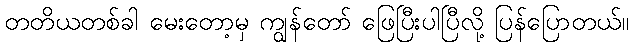
တတိယတစ်ခါ မေးတော့မှ ကျွန်တော် ဖြေပြီးပါပြီလို့ ပြန်ပြောတယ်။